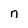
Character: n